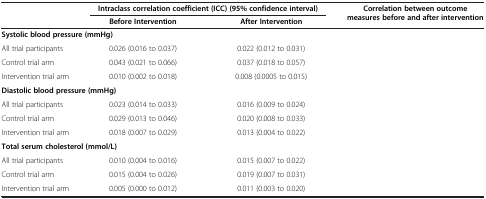
<table><thead><tr><td>[EMPTY_CELL]</td><td colspan="2"><b>Intraclass correlation coefficient (ICC) (95% confidence interval)</b></td><td rowspan="2"><b>Correlation between outcome measures before and after intervention</b></td></tr><tr><td>[EMPTY_CELL]</td><td><b>Before Intervention</b></td><td><b>After Intervention</b></td></tr></thead><tbody><tr><td colspan="4"><b>Systolic blood pressure (mmHg)</b></td></tr><tr><td>All trial participants</td><td>0.026 (0.016 to 0.037)</td><td>0.022 (0.012 to 0.031)</td><td>[EMPTY_CELL]</td></tr><tr><td>Control trial arm</td><td>0.043 (0.021 to 0.066)</td><td>0.037 (0.018 to 0.057)</td><td>[EMPTY_CELL]</td></tr><tr><td>Intervention trial arm</td><td>0.010 (0.002 to 0.018)</td><td>0.008 (0.0005 to 0.015)</td><td>[EMPTY_CELL]</td></tr><tr><td colspan="4"><b>Diastolic blood pressure (mmHg)</b></td></tr><tr><td>All trial participants</td><td>0.023 (0.014 to 0.033)</td><td>0.016 (0.009 to 0.024)</td><td>[EMPTY_CELL]</td></tr><tr><td>Control trial arm</td><td>0.029 (0.013 to 0.046)</td><td>0.020 (0.008 to 0.033)</td><td>[EMPTY_CELL]</td></tr><tr><td>Intervention trial arm</td><td>0.018 (0.007 to 0.029)</td><td>0.013 (0.004 to 0.022)</td><td>[EMPTY_CELL]</td></tr><tr><td colspan="4"><b>Total serum cholesterol (mmol/L)</b></td></tr><tr><td>All trial participants</td><td>0.010 (0.004 to 0.016)</td><td>0.015 (0.007 to 0.022)</td><td>[EMPTY_CELL]</td></tr><tr><td>Control trial arm</td><td>0.015 (0.004 to 0.026)</td><td>0.019 (0.007 to 0.031)</td><td>[EMPTY_CELL]</td></tr><tr><td>Intervention trial arm</td><td>0.005 (0.000 to 0.012)</td><td>0.011 (0.003 to 0.020)</td><td>[EMPTY_CELL]</td></tr></tbody></table>